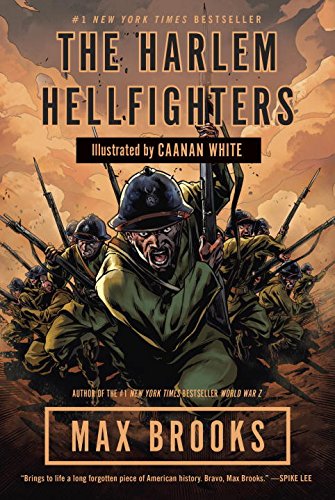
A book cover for The Harlem Hellfighters; Max Brooks; Comics & Graphic Novels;